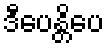
ဒီပေန္တိပေ